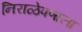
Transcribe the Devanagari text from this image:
निराळेपणाला